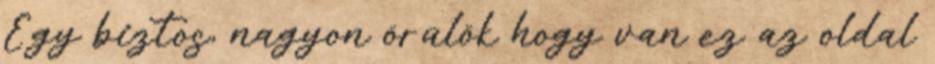
Egy biztos, nagyon örülök hogy van ez az oldal